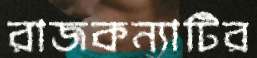
রাজকন্যাটির